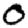
Digit: 0